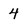
Character: 4